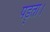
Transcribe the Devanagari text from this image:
पड़्ता।